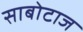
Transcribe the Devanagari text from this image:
साबोटाज